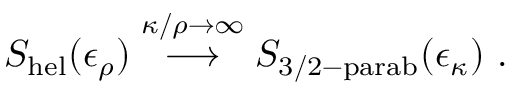
S _ { \mathrm { h e l } } ( \epsilon _ { \rho } ) \stackrel { \kappa / \rho \rightarrow \infty } { \longrightarrow } S _ { \mathrm { 3 / 2 - p a r a b } } ( \epsilon _ { \kappa } ) ~ .